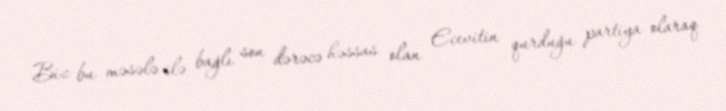
Biz bu məsələ ilə bağlı son dərəcə həssas olan Ecevitin qurduğu partiya olaraq